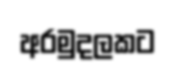
අරමුදලකට